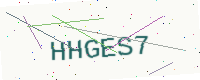
Text: HHGES7